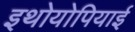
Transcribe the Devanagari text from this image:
इथोयोपियाई